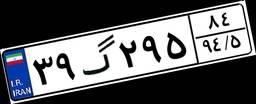
۸۶گ۱۴۷۴۲